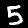
Label: 5